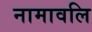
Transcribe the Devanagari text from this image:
नामावलि